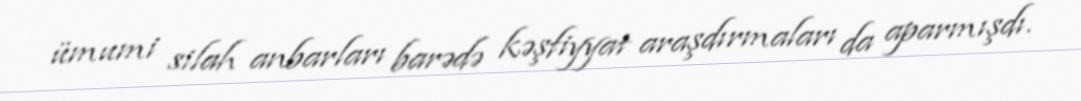
ümumi silah anbarları barədə kəşfiyyat araşdırmaları da aparmışdı.